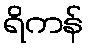
ရိကန်